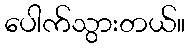
ပေါက်သွားတယ်။